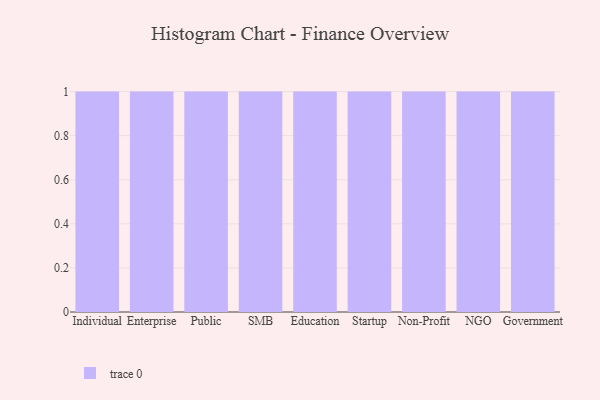
{"axis": {"x": "Segment", "y": "Conversion Rate (%)"}, "legend": [""], "data": [{"x": "Individual", "y": 95, "type": ""}, {"x": "Enterprise", "y": 74, "type": ""}, {"x": "Public", "y": 83, "type": ""}, {"x": "SMB", "y": 34, "type": ""}, {"x": "Education", "y": 67, "type": ""}, {"x": "Startup", "y": 23, "type": ""}, {"x": "Non-Profit", "y": 77, "type": ""}, {"x": "NGO", "y": 27, "type": ""}, {"x": "Government", "y": 1, "type": ""}]}